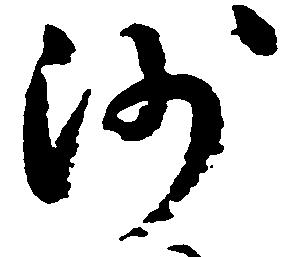
沙